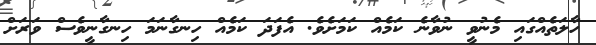
ހާލަތެއްގައި މެނުވީ ނުވާނެ ކަމެއް ކަމަށެވެ. އެފަދަ ކަމެއް ހިނގާނަމަ ހިނގާނީވެސް ވަރަށް